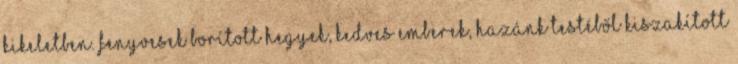
kikeletben. fenyvesek borított hegyek, kedves emberek, hazánk testéből kiszakított